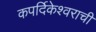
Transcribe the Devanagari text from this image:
कपर्दिकेश्वराची